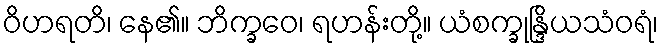
ဝိဟရတိ၊ နေ၏။ ဘိက္ခဝေ၊ ရဟန်းတို့။ ယံစက္ခုန္ဒြိယသံဝရံ၊